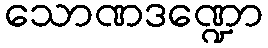
သောဏဒဏ္ဍော